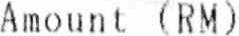
AMOUNT (RM)